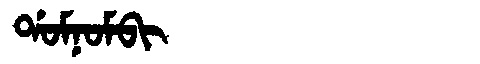
Manchu: ᡩᠣᠮᠨᠣᠮᠪᡳ
Romanization: DOMNOMBI